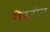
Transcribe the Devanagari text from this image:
गैस्टॉन